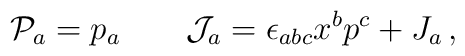
{\cal P}_a=p_a\qquad {\cal J}_a=\epsilon_{abc}x^bp^c+J_a\,,